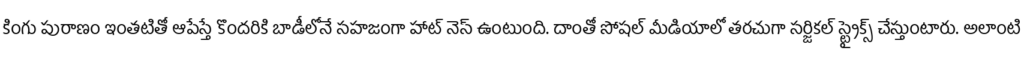
కింగు పురాణం ఇంతటితో ఆపేస్తే కొందరికి బాడీలోనే సహజంగా హాట్ నెస్ ఉంటుంది. దాంతో సోషల్ మీడియాలో తరచుగా సర్జికల్ స్ట్రైక్స్ చేస్తుంటారు. అలాంటి